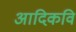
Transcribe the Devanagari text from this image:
अादिकवि